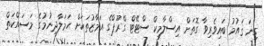
ގިނަ ޤައުމު ބައިވެރިވާ ގޮތަށް އިސްލާމިކް ސްޓޭޓް ގްރޫޕްގެ އަމާޒުތަކަށް ހަމަލާދިނުމުގެ މަސައްކަތް